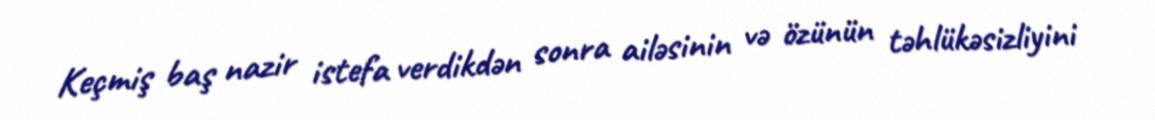
Keçmiş baş nazir istefa verdikdən sonra ailəsinin və özünün təhlükəsizliyini